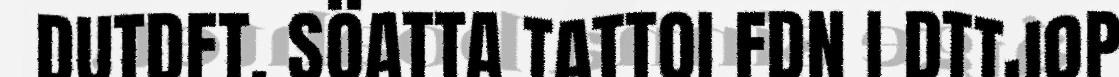
DUTDFT. SÖATTA TATTOI FDN I DTTJOP